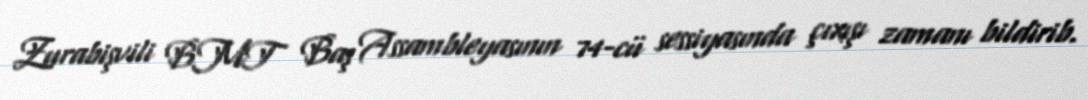
Zurabişvili BMT Baş Assambleyasının 74-cü sessiyasında çıxışı zamanı bildirib.